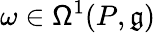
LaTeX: \omega\in\mathsf{\Omega}^{1}(P,\mathfrak{g})